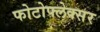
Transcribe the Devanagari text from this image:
फोटोफ्लेक्सर